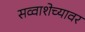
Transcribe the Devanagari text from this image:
सव्वाशेच्यावर